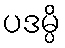
ပဒမ္ပိ